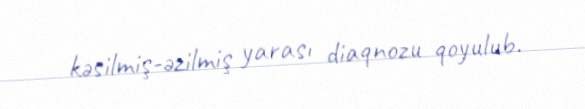
kəsilmiş-əzilmiş yarası diaqnozu qoyulub.